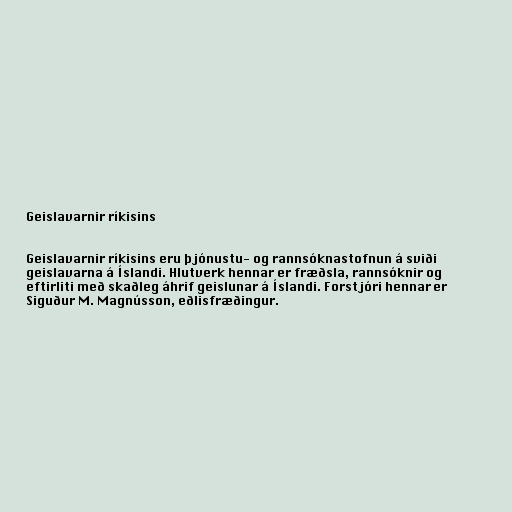
Geislavarnir ríkisins

Geislavarnir ríkisins eru þjónustu- og rannsóknastofnun á sviði
geislavarna á Íslandi. Hlutverk hennar er fræðsla, rannsóknir og
eftirliti með skaðleg áhrif geislunar á Íslandi. Forstjóri hennar er
Siguður M. Magnússon, eðlisfræðingur.